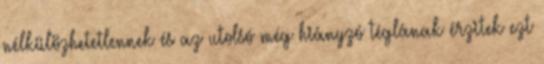
nélkülözhetetlennek és az utolsó még hiányzó téglának érzitek ezt